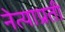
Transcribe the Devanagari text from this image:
नेत्याप्रती